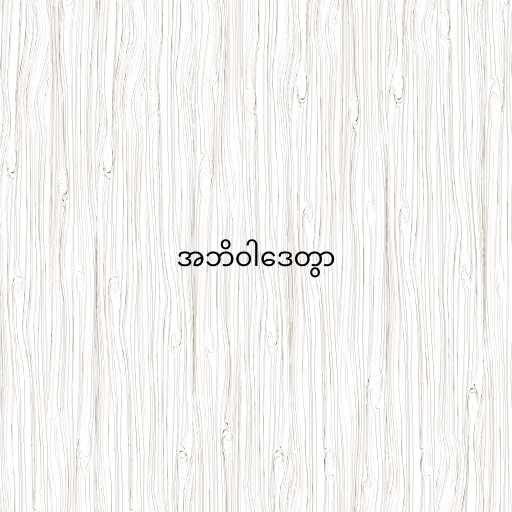
အဘိဝါဒေတွာ